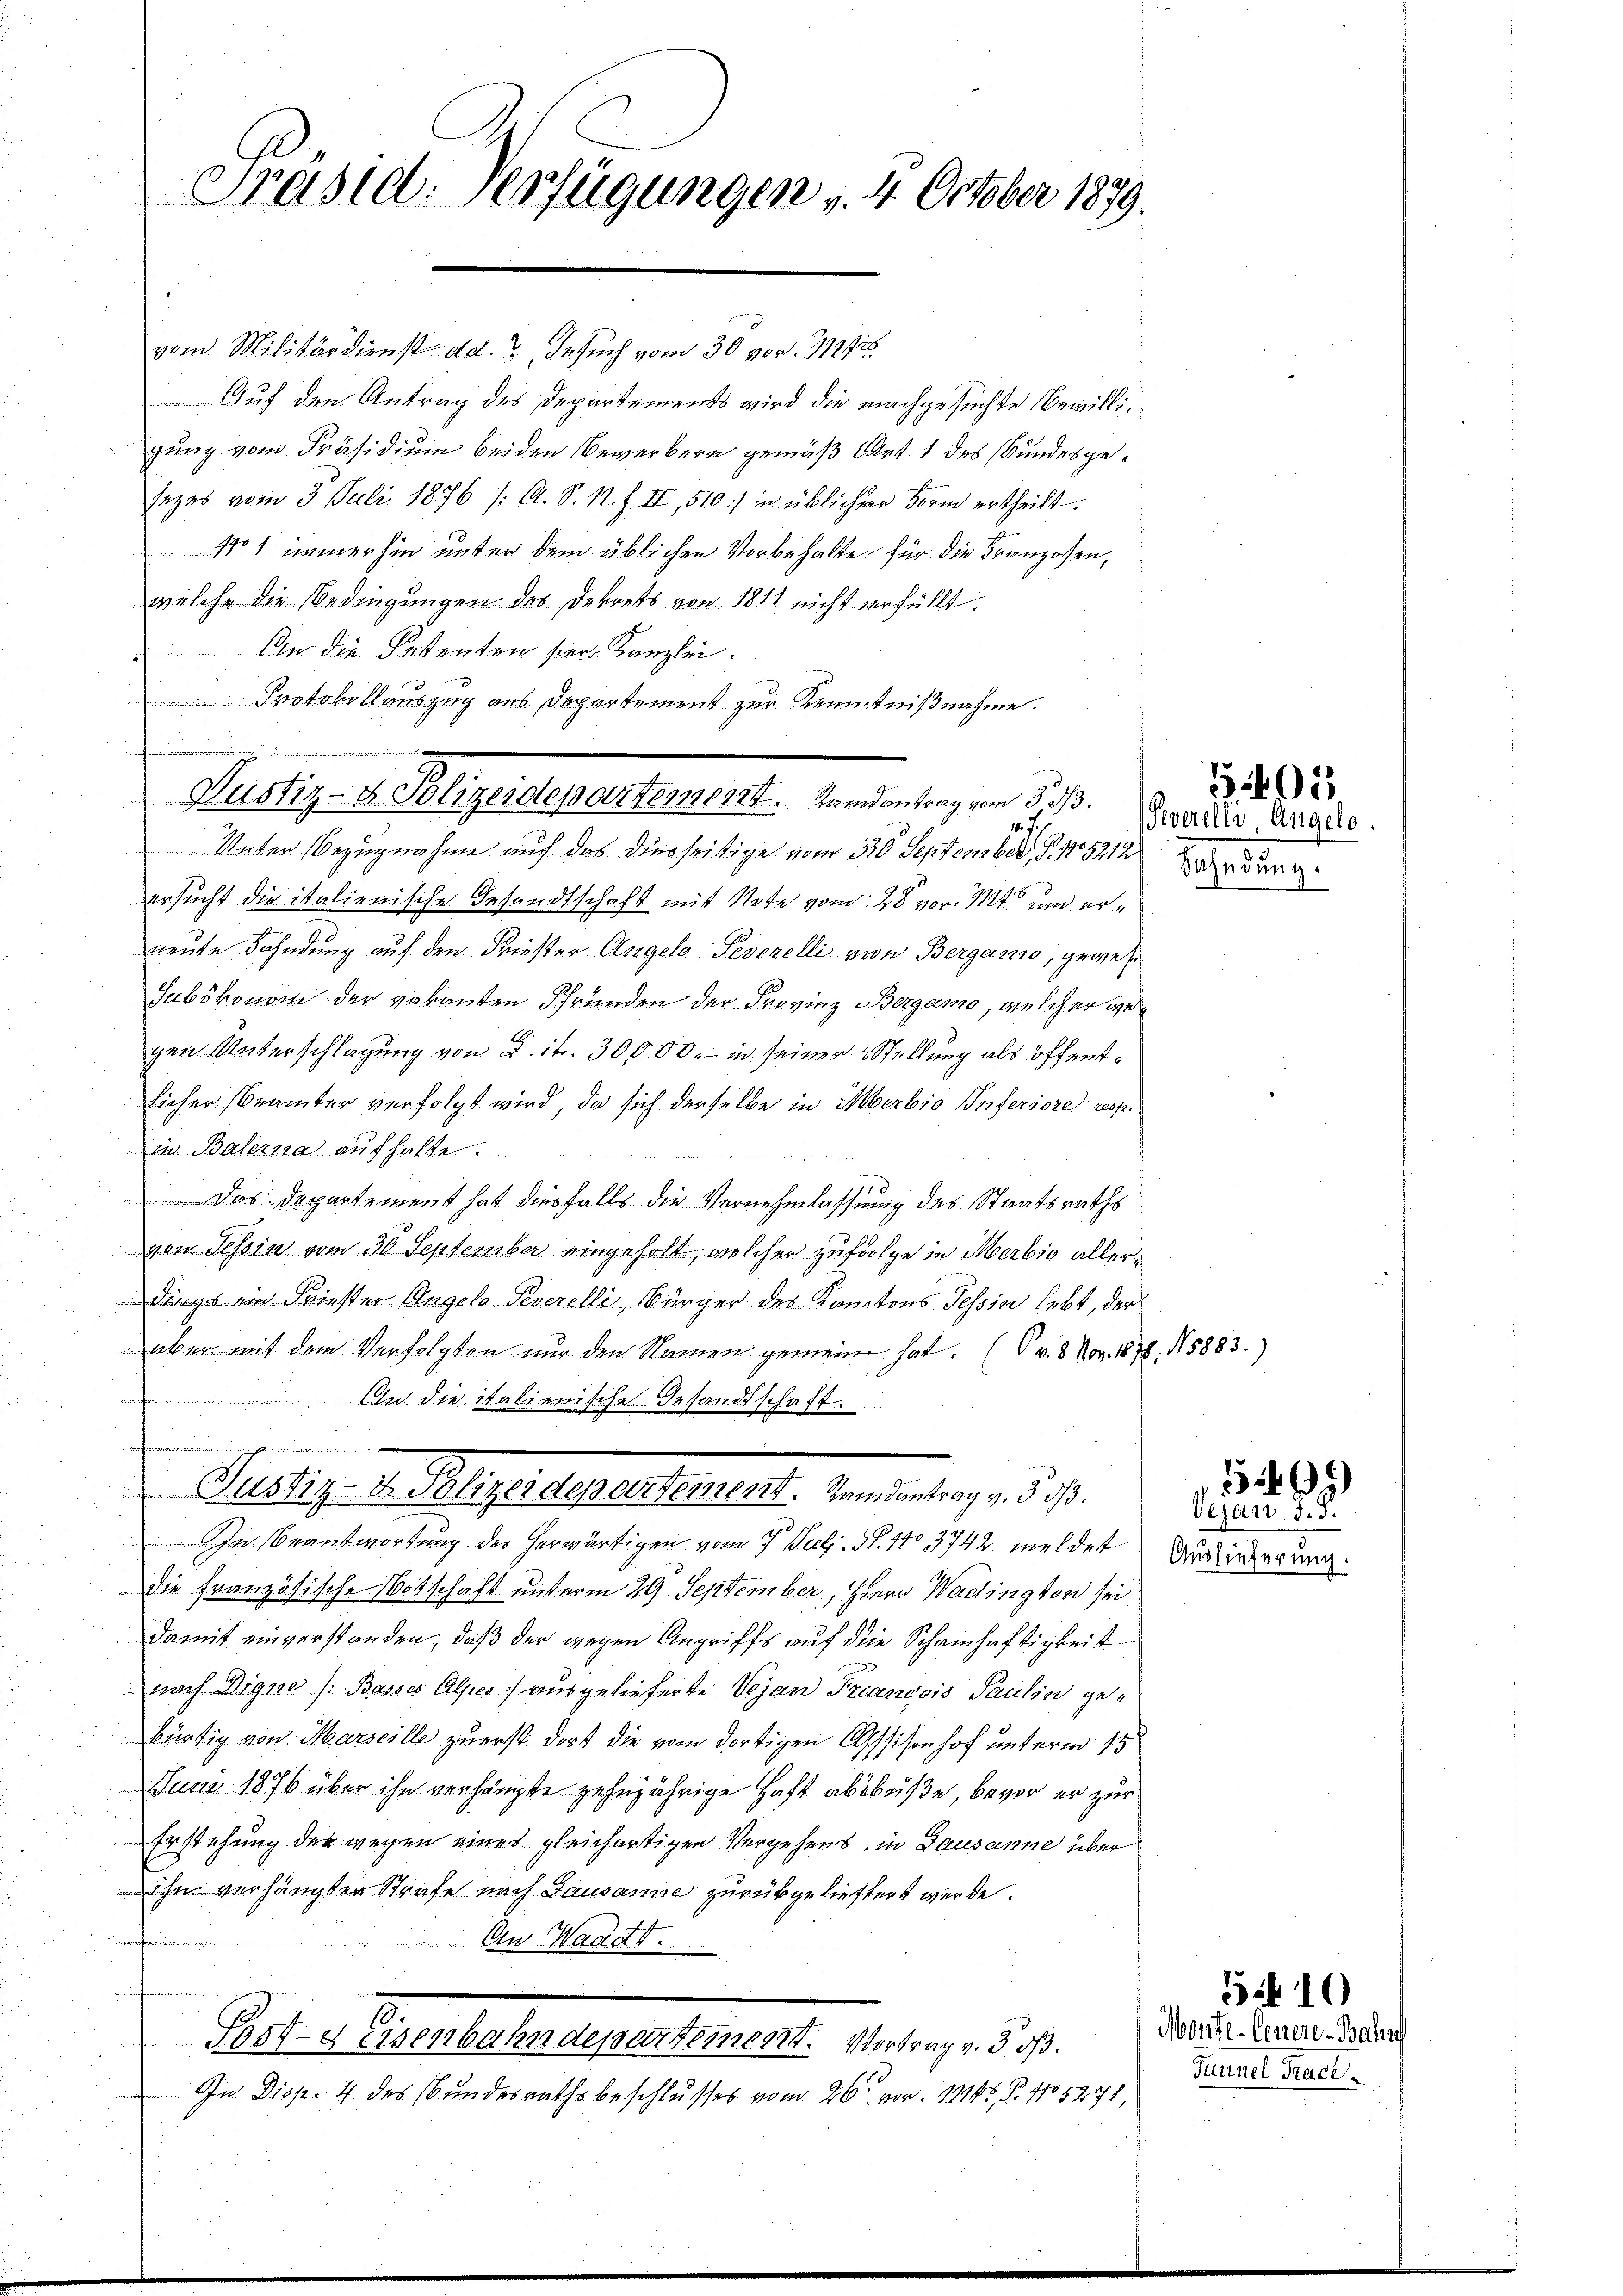
Präsid. Verfügungen v. 4. October 1879.

vom Militärdienst ad. Gesuch vom 30 vor 11247.
Auf den Antrag des Departements wird die nachgesuchte Bewilligung vom Präsidium beiden Bewerbern gemäß Art. 1 des Bundesgesezes vom 3. Juli 1876 /: A. S. N. F. II, 510:/ in üblicher Form ertheilt.
No 1. immerhin unter dem üblichen Vorbehalte für die Franzosen,
welche die Bedingungen des Dekrets von 1811 nicht verfüllt.
 An die Petenten her. Kanzlei.
Protokollauszug aus Departement zur Kenntnißnahme.
1.7.
Unter Bezugnahme auf das diesseitige vom 310. September, 1. No. 5212 de
ersucht die italienische Gesandtschaft mit Note vom 28 vor. Mts. und erneute Fahndung auf den Frieser Angelo Peverelli von Berganio, gewese
Subökonom der vakanten Pfründen der Provinz Bergamo, welcher gegen Unterschlagung von Lit. 30000.- in seiner Stellung als öffentlicher Beamter verfolgt wird, da sich derselbe in Mberbio Inferiore resp.
in Balerna aufhalte
 Das Departement hat diesfalls die Vernehmlassung des Staatsraths
von Tessin vom 30 September eingeholt, welcher zufolge in Merbie allerdings ein Friester Angelo-Peverelli, Bürger des Kantons Tessin lebt, der
aber mit dem Verfolgten nur den Namen gemein hat. (v. 8. Nov. 1878.
f
.
An die italienische Gesandtschaft.
2
Pustiz- & Polizeidepartement. Randantrag v. 5. d.
In Beantwortung des herwärtigen vom 7. Jul. S. 1103742. meldet Ausiederung
die Französische Botschaft unterm 29. September, Herr Wadington sei
damit einverstanden, daß der wegen Angriffs auf die Schamhaftigkeit
nach Digue /: Basses Alpes) ausgelieferte Vejan Francois Paulin gebürtig von Marseille zuerst dort die vom dortigen Assisenhof unterm 1t
Juni 1876 über ihn verhängte zehnjährige Haft absbüße, bevor er zur
Erstehung der wegen eines gleichartigen Vergehens, in Lausanne überihn verhängten Strafe nach Lausanne zurückgeliefert werde.
s
An Waadt.
Est-a Eisenbahndepartement. Vortrag v. 3. ds.
In Disp. 4 des Bundesrathsbeschlusses vom 26. von 145, P. No 5271,

Pustiz- & Polizeidepartement. Wendentrag von S. 70. Separtier 1808.

15883.

5495

ejagt S. 8

595)

5.410
Monte-Genere-Bahn
Tunnel Tract